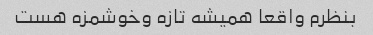
بنظرم واقعا همیشه تازه وخوشمزه هست